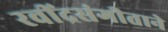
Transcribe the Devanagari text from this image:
रवींद्रसंगीताने